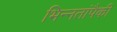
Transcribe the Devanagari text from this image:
भिन्नतांपैकी